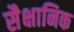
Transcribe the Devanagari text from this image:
सैक्षानिक